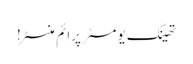
تھینک یومسٹر پرائم منسٹر!